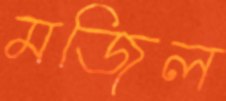
মজিল